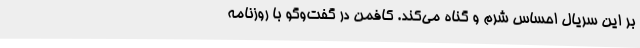
بر این سریال احساس شرم و گناه می‌کند. کافمن در گفت‌وگو با روزنامه